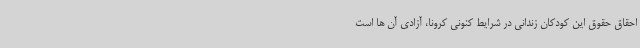
احقاق حقوق این کودکان زندانی در شرایط کنونی کرونا، آزادی آن ها است